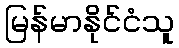
မြန်မာနိုင်ငံသူ